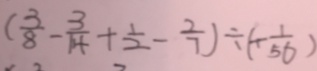
( \frac { 3 } { 8 } - \frac { 3 } { 1 4 } + \frac { 1 } { 2 } - \frac { 2 } { 7 } ) \div ( - \frac { 1 } { 5 6 } )